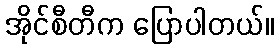
အိုင်စီတီက ပြောပါတယ်။